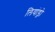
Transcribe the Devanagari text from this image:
लियांड्रो